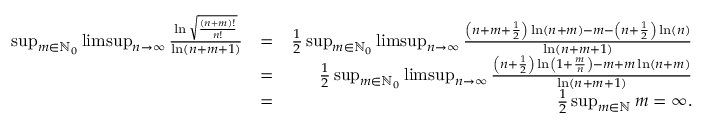
\begin{array} { r l r } { \operatorname* { s u p } _ { m \in \mathbb { N } _ { 0 } } \operatorname* { l i m s u p } _ { n \rightarrow \infty } \frac { \ln \sqrt { \frac { ( n + m ) ! } { n ! } } } { \ln ( n + m + 1 ) } } & { = } & { \frac { 1 } { 2 } \operatorname* { s u p } _ { m \in \mathbb { N } _ { 0 } } \operatorname* { l i m s u p } _ { n \rightarrow \infty } \frac { \left( n + m + \frac { 1 } { 2 } \right) \ln ( n + m ) - m - \left( n + \frac { 1 } { 2 } \right) \ln ( n ) } { \ln ( n + m + 1 ) } } \\ & { = } & { \frac { 1 } { 2 } \operatorname* { s u p } _ { m \in \mathbb { N } _ { 0 } } \operatorname* { l i m s u p } _ { n \rightarrow \infty } \frac { \left( n + \frac { 1 } { 2 } \right) \ln \left( 1 + \frac { m } { n } \right) - m + m \ln ( n + m ) } { \ln ( n + m + 1 ) } } \\ & { = } & { \frac { 1 } { 2 } \operatorname* { s u p } _ { m \in \mathbb { N } } m = \infty . } \end{array}